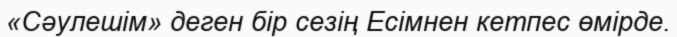
«Сәулешім» деген бір сезің Есімнен кетпес өмірде.